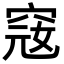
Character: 窛